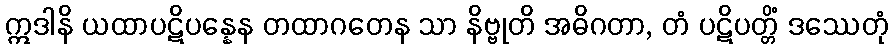
ဣဒါနိ ယထာပဋိပန္နေန တထာဂတေန သာ နိဗ္ဗုတိ အဓိဂတာ, တံ ပဋိပတ္တိံ ဒဿေတုံ